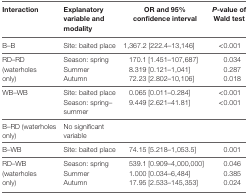
<table><thead><tr><td><b>Interaction</b></td><td><b>Explanatory variable and modality</b></td><td><b>OR and 95% confidence interval</b></td><td><b><i>P</i>-value of Wald test</b></td></tr></thead><tbody><tr><td>B–B</td><td>Site: baited place</td><td>1,367.2 [222.4–13,146]</td><td>&lt;0.001</td></tr><tr><td rowspan="3">RD–RD (waterholes only)</td><td>Season: spring</td><td>170.1 [1.451–107,687]</td><td>0.034</td></tr><tr><td>Summer</td><td>8.319 [0.121–1,041]</td><td>0.287</td></tr><tr><td>Autumn</td><td>72.23 [2.802–10,106]</td><td>0.018</td></tr><tr><td rowspan="2">WB–WB</td><td>Site: baited place</td><td>0.065 [0.011–0.284]</td><td>&lt;0.001</td></tr><tr><td>Season: spring–summer</td><td>9.449 [2.621–41.81]</td><td>&lt;0.001</td></tr><tr><td>B–RD (waterholes only)</td><td>No significant variable</td><td></td><td></td></tr><tr><td>B–WB</td><td>Site: baited place</td><td>74.15 [5.218–1,053.5]</td><td>0.001</td></tr><tr><td rowspan="3">RD–WB (waterholes only)</td><td>Season: spring</td><td>539.1 [0.909–4,000,000]</td><td>0.046</td></tr><tr><td>Summer</td><td>1.000 [0.034–6,484]</td><td>0.385</td></tr><tr><td>Autumn</td><td>17.95 [2.533–145,353]</td><td>0.024</td></tr></tbody></table>